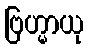
ဗြဟ္မာယု